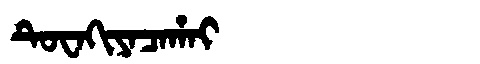
Manchu: ᡨᡠᠸᠠᡴᡳᠶᠠᠴᠠᡥᠠᡳ
Romanization: TUWAKIYACAHAI